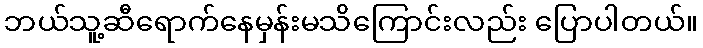
ဘယ်သူ့ဆီရောက်နေမှန်းမသိကြောင်းလည်း ပြောပါတယ်။